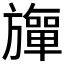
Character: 𬀚